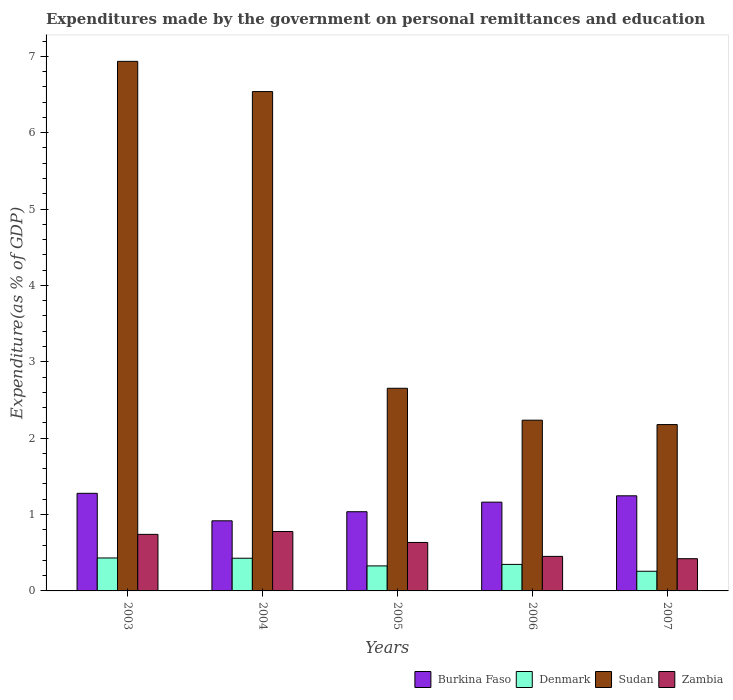
| Years | Burkina Faso | Denmark | Sudan | Zambia |
 | --- | --- | --- | --- | --- |
 | 2003 | 1.28 | 0.431 | 6.93 | 0.741 |
 | 2004 | 0.918 | 0.428 | 6.54 | 0.778 |
 | 2005 | 1.04 | 0.328 | 2.65 | 0.635 |
 | 2006 | 1.16 | 0.347 | 2.24 | 0.452 |
 | 2007 | 1.25 | 0.258 | 2.18 | 0.422 |